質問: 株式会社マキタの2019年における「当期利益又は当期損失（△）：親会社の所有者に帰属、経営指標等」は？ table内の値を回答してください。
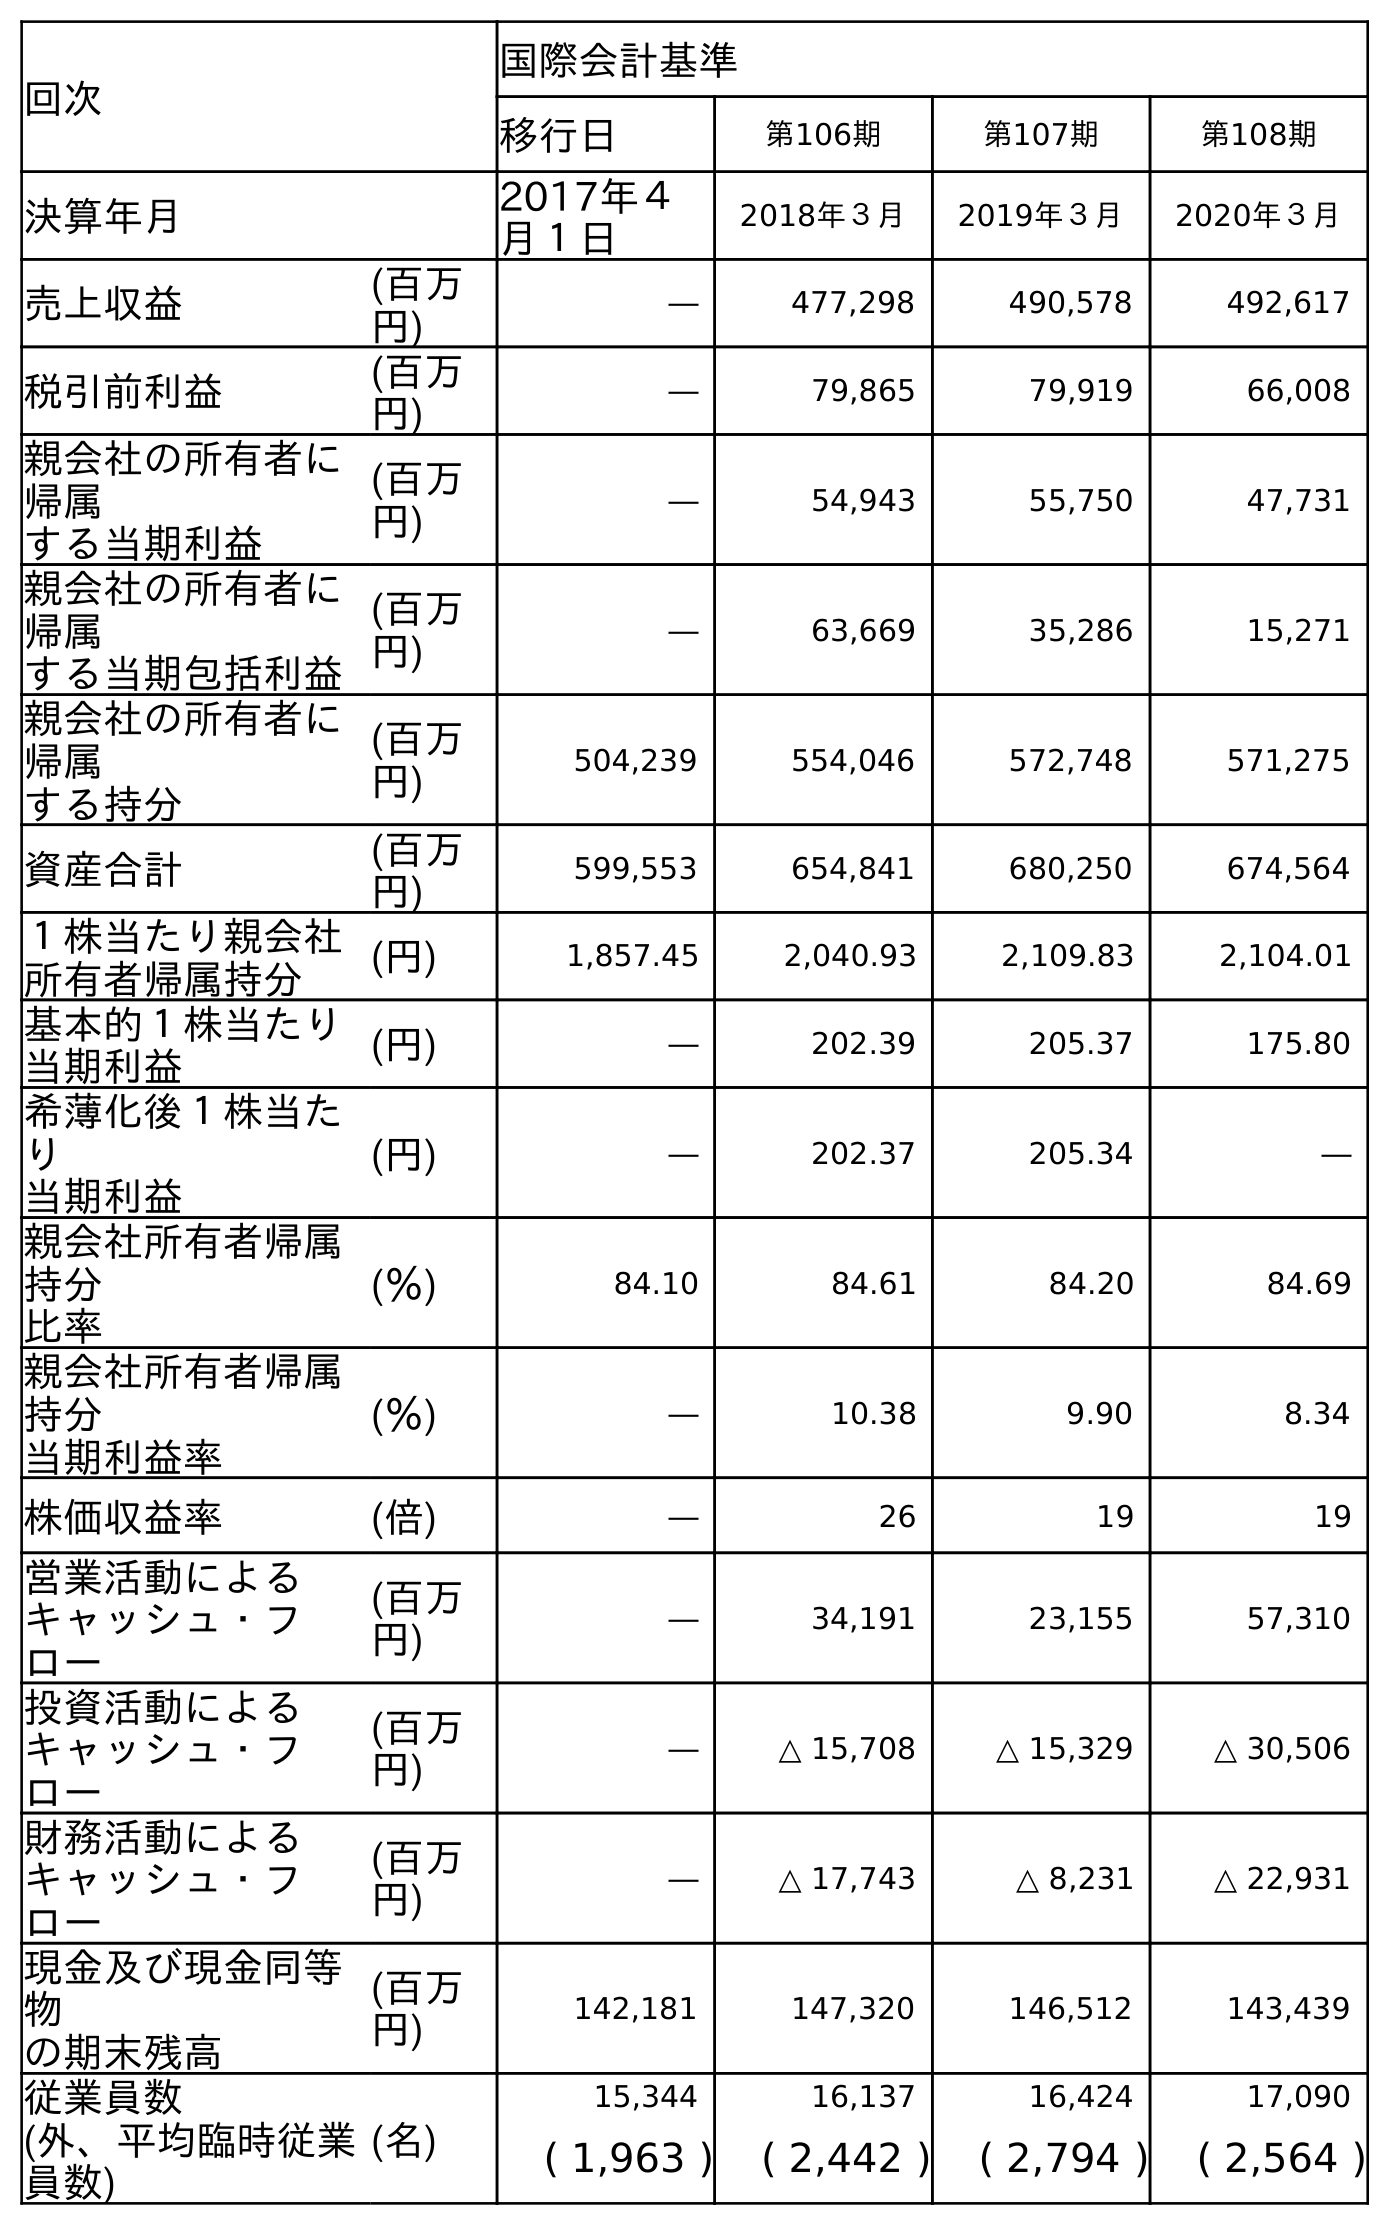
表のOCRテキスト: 回次 国際会計基準 移行日 第106期 第107期 第108期 決算年月 2017年４ 月１日 2018年３月 2019年３月 2020年３月 売上収益 (百万 円) ― 477,298 490,578 492,617 税引前利益 (百万 円) ― 79,865 79,919 66,008 親会社の所有者に 帰属 する当期利益 (百万 円) ― 54,943 55,750 47,731 親会社の所有者に 帰属 する当期包括利益 (百万 円) ― 63,669 35,286 15,271 親会社の所有者に 帰属 する持分 (百万 円) 504,239 554,046 572,748 571,275 資産合計 (百万 円) 599,553 654,841 680,250 674,564 １株当たり親会社 所有者帰属持分 (円) 1,857.45 2,040.93 2,109.83 2,104.01 基本的１株当たり 当期利益 (円) ― 202.39 205.37 175.80 希薄化後１株当た り 当期利益 (円) ― 202.37 205.34 ― 親会社所有者帰属 持分 比率 (％) 84.10 84.61 84.20 84.69 親会社所有者帰属 持分 当期利益率 (％) ― 10.38 9.90 8.34 株価収益率 (倍) ― 26 19 19 営業活動による キャッシュ・フ ロー (百万 円) ― 34,191 23,155 57,310 投資活動による キャッシュ・フ ロー (百万 円) ― △ 15,708 △ 15,329 △ 30,506 財務活動による キャッシュ・フ ロー (百万 円) ― △ 17,743 △ 8,231 △ 22,931 現金及び現金同等 物 の期末残高 (百万 円) 142,181 147,320 146,512 143,439 従業員数 (名) 15,344 16,137 16,424 17,090 (外、平均臨時従業 員数) ( 1,963 ) ( 2,442 ) ( 2,794 ) ( 2,564 )
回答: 55,750